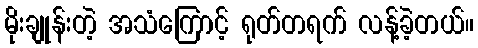
မိုးချုန်းတဲ့ အသံကြောင့် ရုတ်တရက် လန့်ခဲ့တယ်။